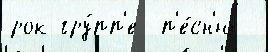
рок-гру́пп'е  п'е́сн'ю -